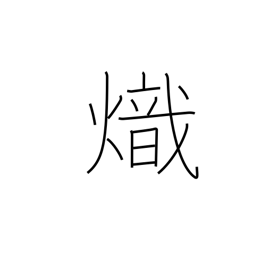
Meaning: kindling fire